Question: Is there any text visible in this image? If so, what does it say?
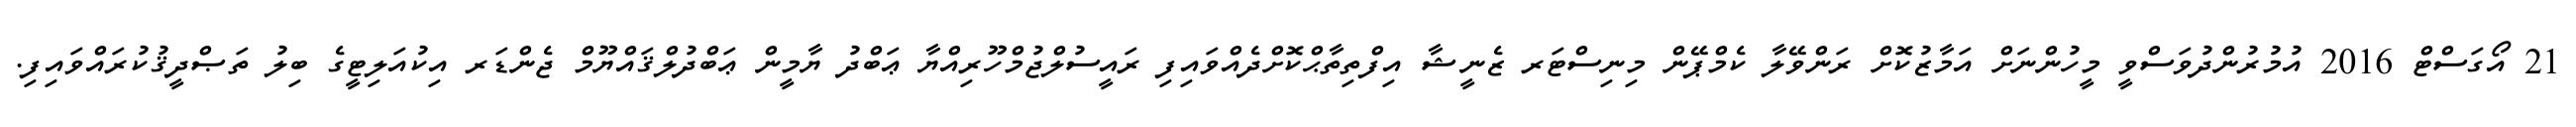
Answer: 21 އޯގަސްޓް 2016 އުމުރުންދުވަސްވީ މީހުންނަށް އަމާޒުކޮށް ރަންވޭލާ ކެމްޕޭން މިނިސްޓަރ ޒެނީޝާ އިފްތިތާޙްކޮށްދެއްވައިފި ރައީސުލްޖުމްހޫރިއްޔާ ޢަބްދު ޔާމީން ޢަބްދުލްޤައްޔޫމް ޖެންޑަރ އިކުއަލިޓީގެ ބިލު ތަޞްދީޤުކުރައްވައިފި.